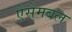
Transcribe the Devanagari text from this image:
ऐसेमबल